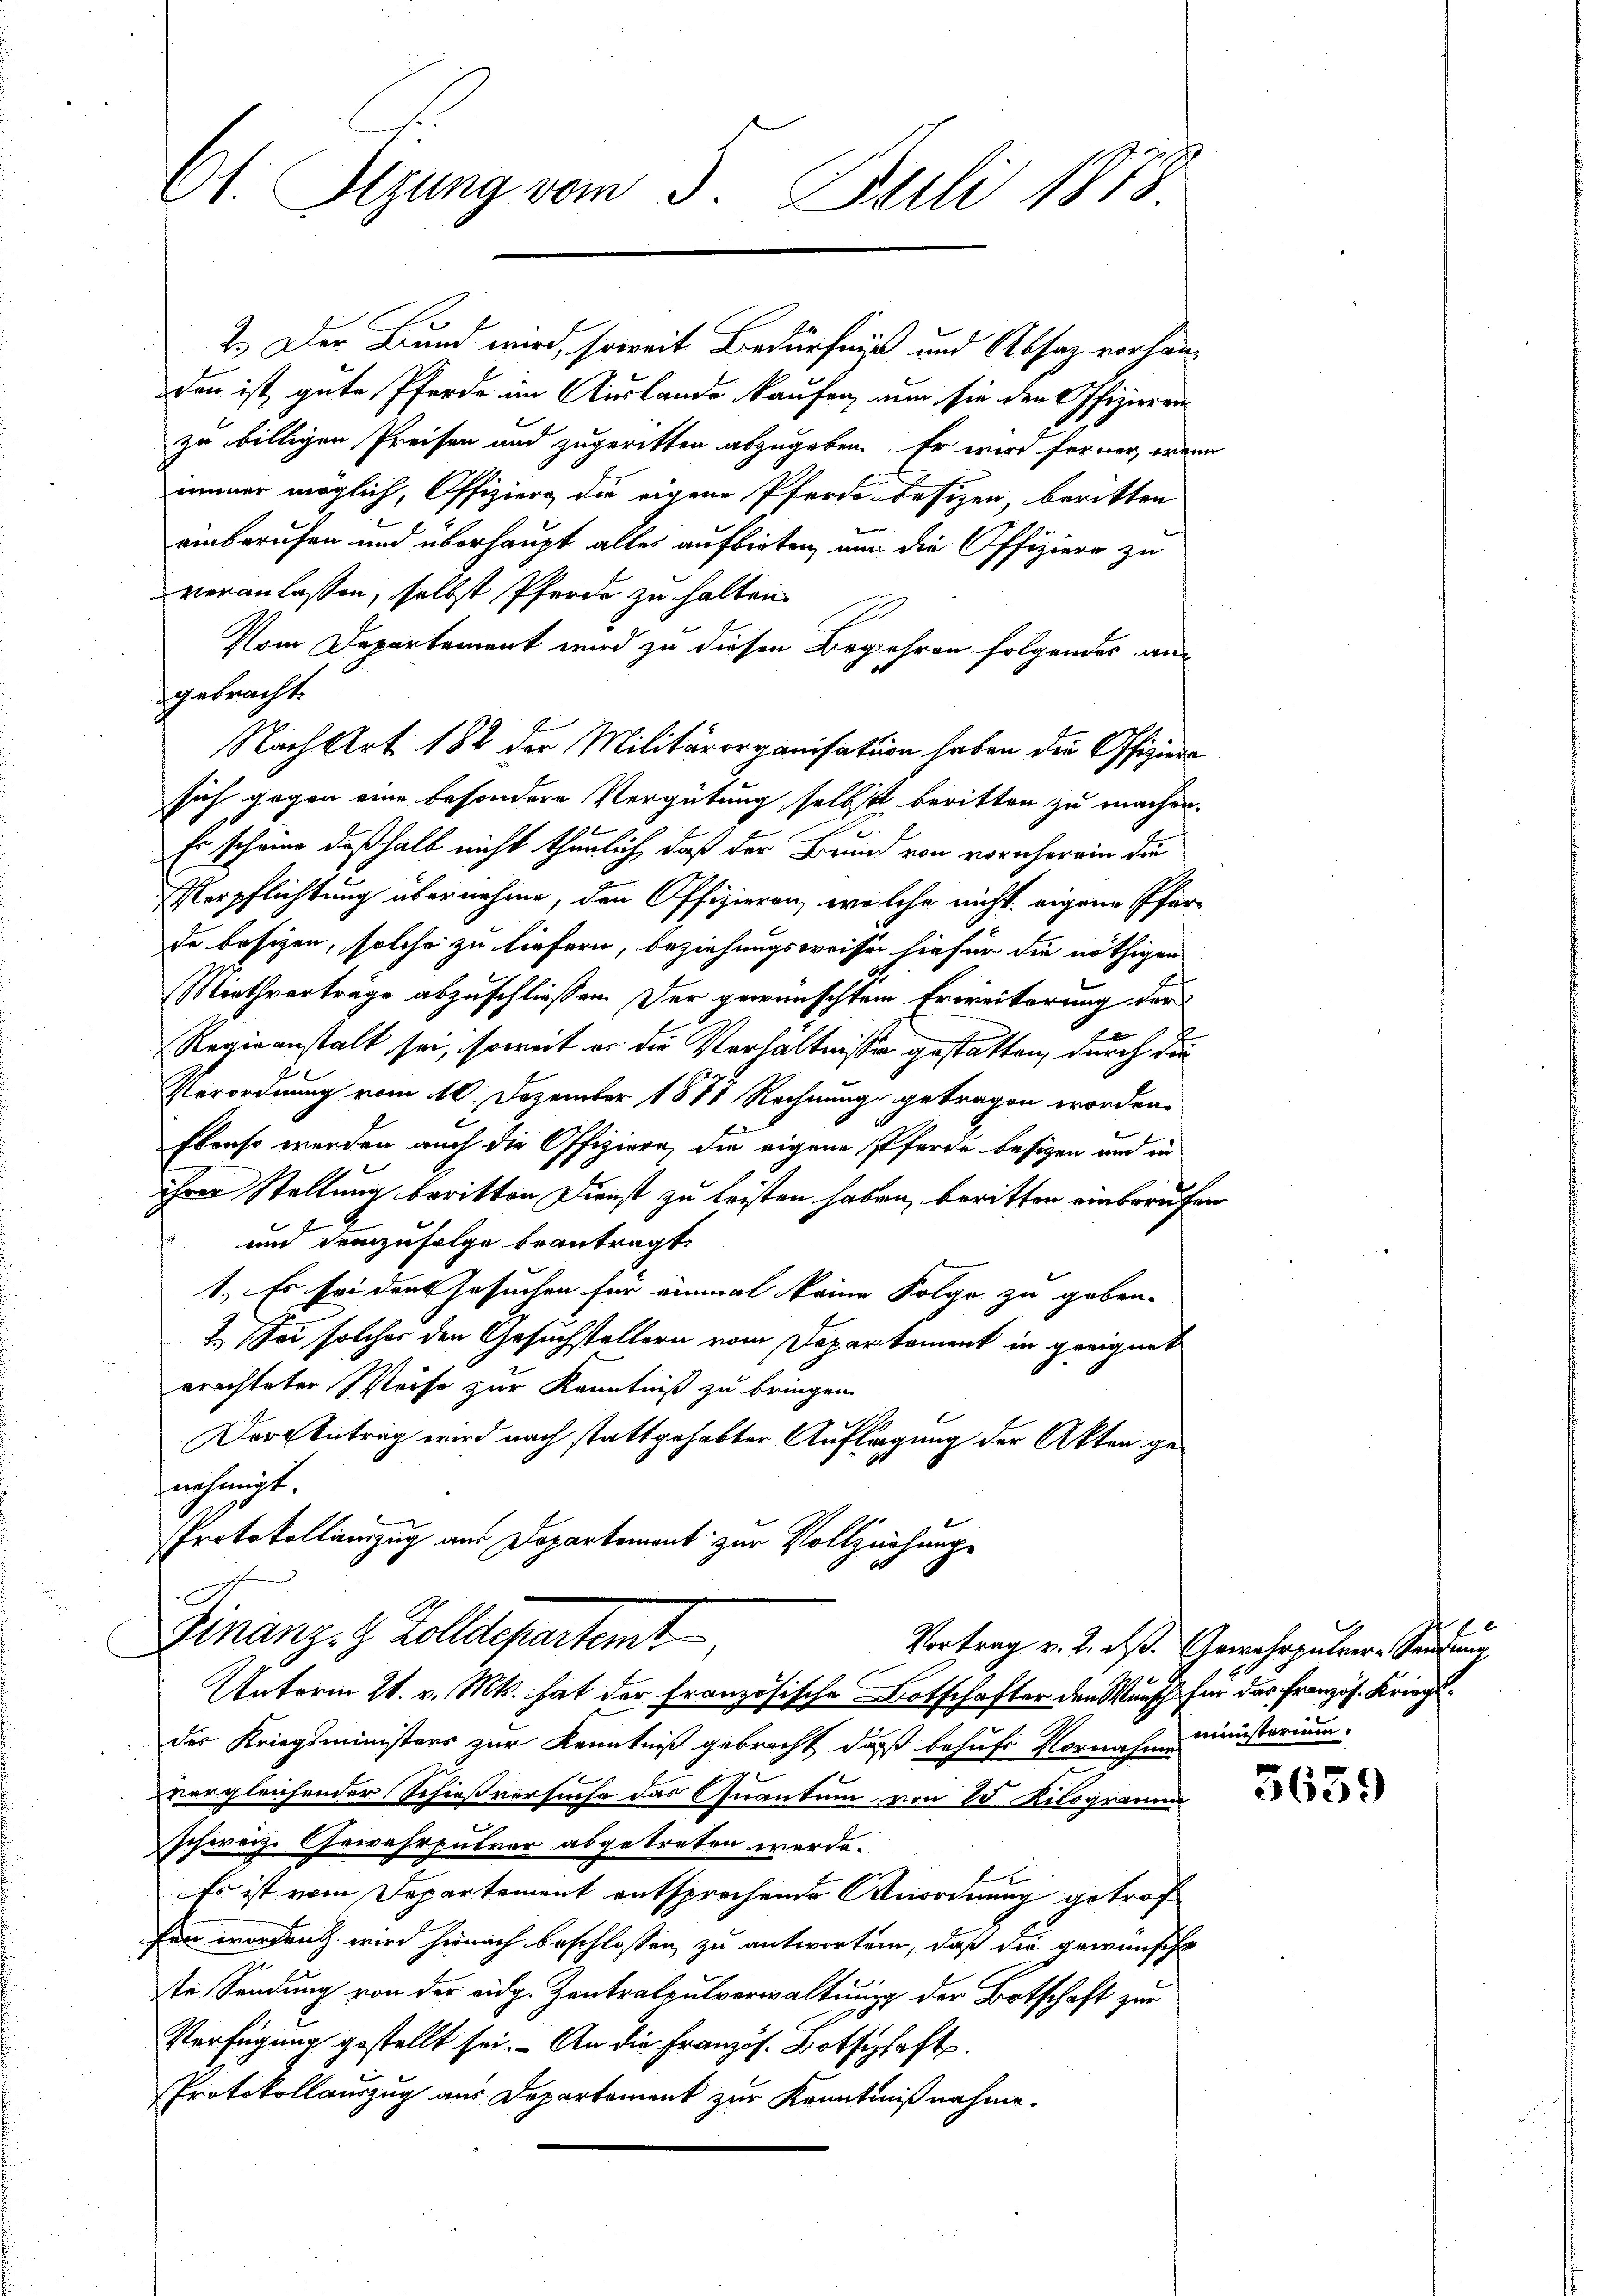
Ct. Sitzung vom 5. Juli 1873

2.) Der Bund wird, soweit Bedürfniß und Absaz vorhanden ist, gute Pferde im Auslande kaufen, nun sie den Offizieren
zu billigen Preisen und zugeritten abzugeben. Er wird ferner, wenn
immer möglich, Offiziere die eigene Pferde besizen, beritten
einberufen und überhaupt alles aufbieten, um die Offiziere zu
veranlassen, selbst Pferde zu halten.
Vom Departement wird zu diesen Begehren folgendes ansgetracht.
Nach Art. 182 der Militärorganisation haben die Offizier
sich gegen eine besondere Vergütung selbst beritten zu machen.
Es scheine deßhalb nicht thunlich, daß der Brund von vornherein die
Verpflichtung übernehme, den Offizieren, welche nicht eigene Pfarde besizen, solche zu liefern, beziehungsweise sie für die nöthigen
Miethverträge abzuschliessen. Der gewünschtem Erweiterung der
Regieanstalt sei, soweit er die Verhältnisse gestatten, durch die
Verordnung vom 10. Dezember 1888 Rechnung getragen worden.
Ebenso werden auch die Offiziern, die eigene Pferde besizen und in
ihrer Stellung beritten Dienst zu leisten haben, beritten einbraufen
und demzufolge beantragt.
1. Es sei den Gesuchen für einmal keine Folge zu geben.
2.) Sei solcher den Gesuchstellern vom Departement in geeignet
erachteter Weise zur Kenntniß zu bringen.
Der Antrag wird nach stattgehabter Auflagung der Akten gehnnehmigt.
Protokollinzug aus Departement zur Vollziehung

Finanzes Zolldepartamt

Unterm 21. v. Mts. hat der Französische Botschafter den Wunsch für das Französ. Kriegs
der Kriegsministers zur Kenntniß gebracht, daß behufs Vornahm ministerium.
vergleichender Schießversuche das Quantum von 15 Kilogramm
schweiz. Gewehrpulver abgetreten werde.
f
Es ist vom Departement entsprechende Anordnung getroffen worden wird hienach beschlossen, zu antworten, daß die gewünscht
te Sendung von der eidg. Zentralpulverwaltung der Botschaft zur
Verfügung gestellt sei. An die Französ. Botschaft.
Protokollauszug aus Departement zur Kenntnißnahme.

Vortrag v. 2. ds. Gewehrpuler-Standung,
10

5639